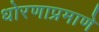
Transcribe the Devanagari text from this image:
धोरणाप्रमाणे